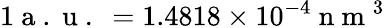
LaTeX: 1\mathrm{~a~.~u~.~}=1.4818\times 10^{-4}\mathrm{~n~m~}^{3}